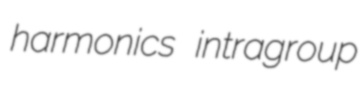
harmonics intragroup